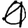
Digit: 1